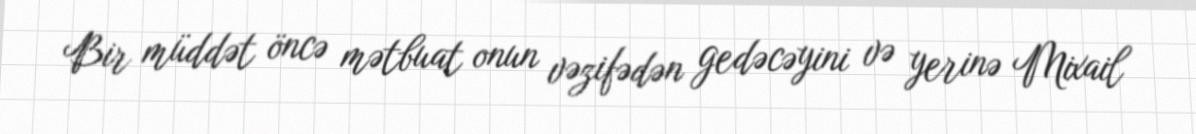
Bir müddət öncə mətbuat onun vəzifədən gedəcəyini və yerinə Mixail